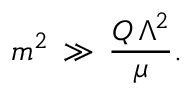
m ^ { 2 } \, \gg \, \frac { Q \, \Lambda ^ { 2 } } { \mu } .